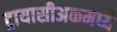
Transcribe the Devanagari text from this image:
ट्रायासीअकमध्ये